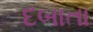
દબાતા